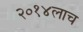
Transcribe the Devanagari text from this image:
२०१४लाच